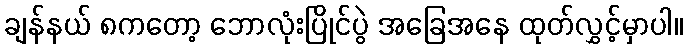
ချန်နယ် ၈ကတော့ ဘောလုံးပြိုင်ပွဲ အခြေအနေ ထုတ်လွှင့်မှာပါ။